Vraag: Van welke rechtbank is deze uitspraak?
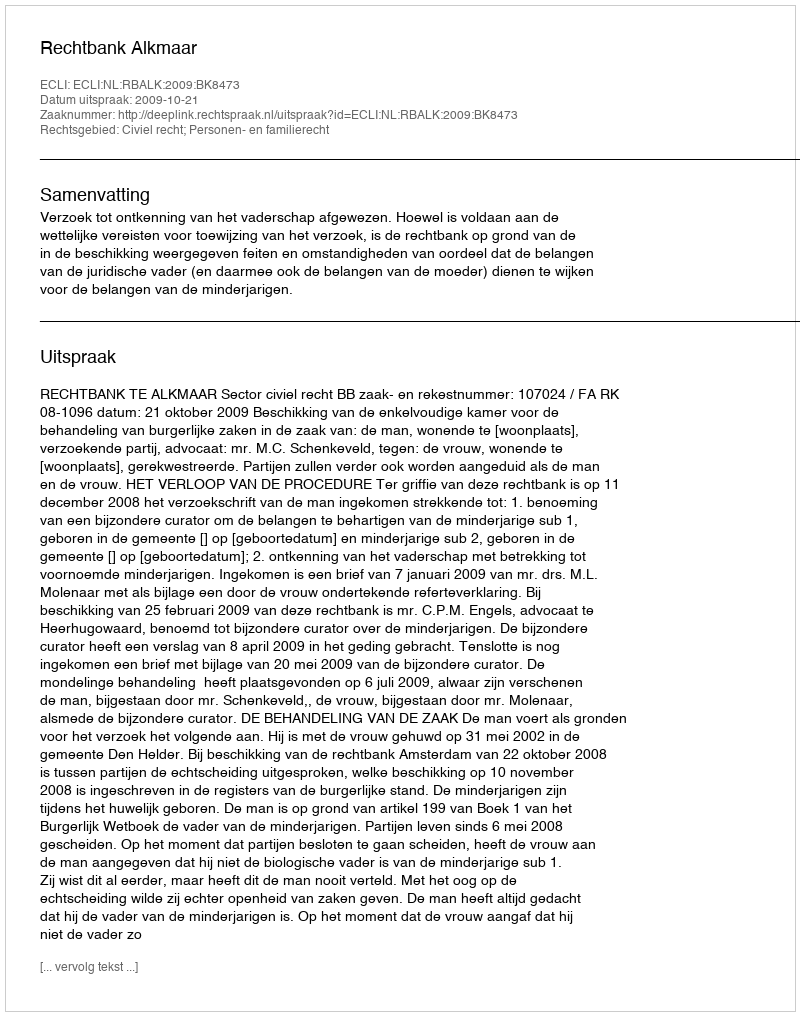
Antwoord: Rechtbank Alkmaar